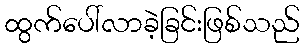
ထွက်ပေါ်လာခဲ့ခြင်းဖြစ်သည်